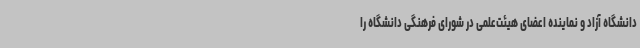
دانشگاه آزاد و نماینده اعضای هیئت‌علمی در شورای فرهنگی دانشگاه را